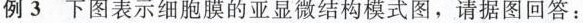
例3 下图表示细胞膜的亚显微结构模式图，请据图回答：